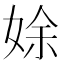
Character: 𡝐